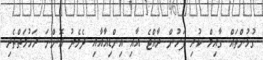
ގުޅުންތައް ގާއިމް ކުރި ފަހުން ރާއްޖެ އާއި އިންޑިއާއާއި ދެމެދު އޮންނަ ރަހުމަތްތެރި